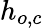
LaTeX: h_{o,c}